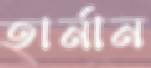
হার্নান